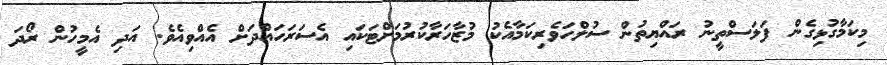
މިކަމާގުޅިގެން ފަލަސްތީނު ރައްޔިތުން ސުލްހަވެރިކަމާއެކު މުޒާހަރާކުރުމަށްޓަކައި އެސަރަހައްދަށް އެއްވިއެވެ. އަދި އެމީހުން ރޯދަ